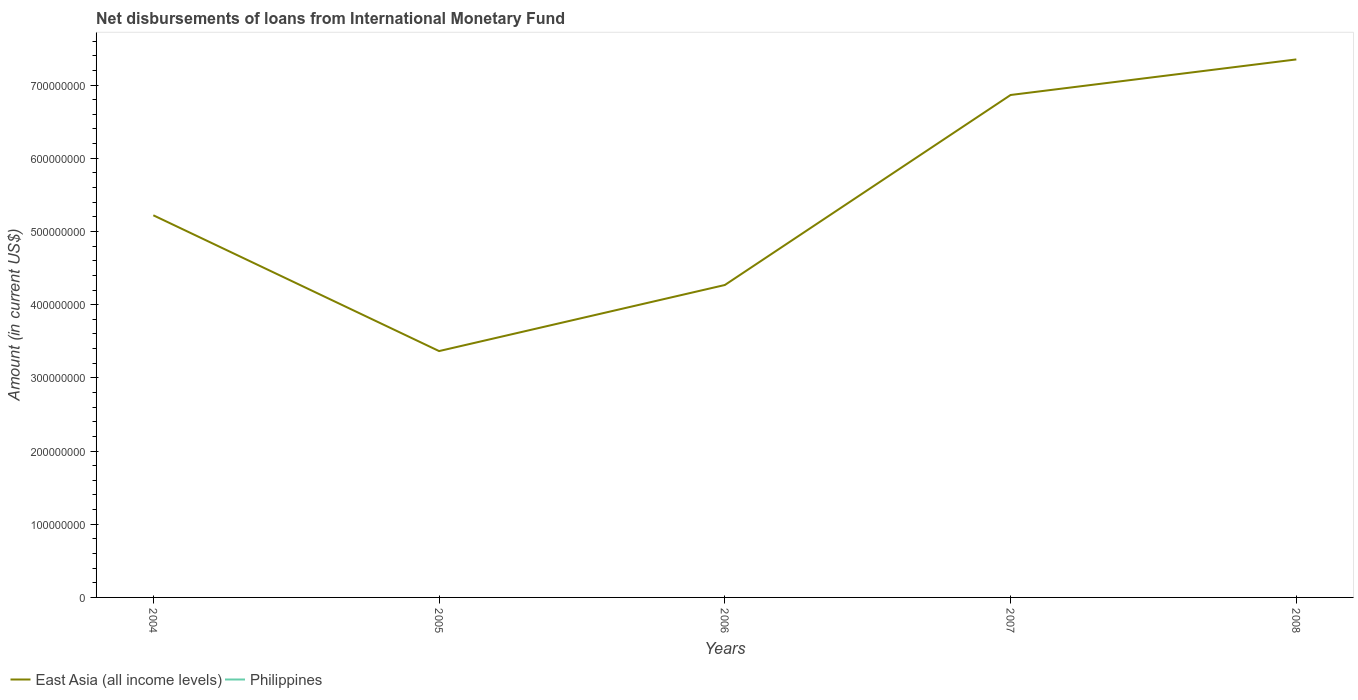
| Years | East Asia (all income levels) | Philippines |
 | --- | --- | --- |
 | 2004 | 5.22e+08 | -6.88e+06 |
 | 2005 | 3.37e+08 | -6.82e+06 |
 | 2006 | 4.27e+08 | -6.84e+06 |
 | 2007 | 6.86e+08 | -6.97e+06 |
 | 2008 | 7.35e+08 | -7.07e+06 |